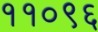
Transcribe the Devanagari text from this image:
११०९६